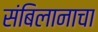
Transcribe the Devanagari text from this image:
संबिलानाचा